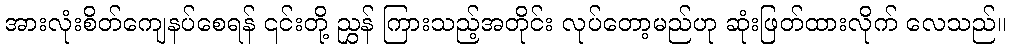
အားလုံးစိတ်ကျေနပ်စေရန် ၎င်းတို့ ညွှန် ကြားသည့်အတိုင်း လုပ်တော့မည်ဟု ဆုံးဖြတ်ထားလိုက် လေသည်။